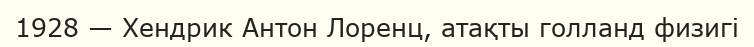
1928 — Хендрик Антон Лоренц, атақты голланд физигі